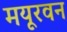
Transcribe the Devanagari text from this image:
मयूरवन